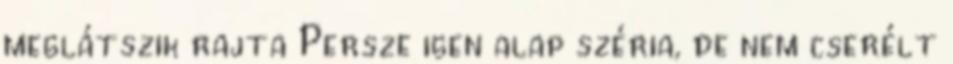
meglátszik rajta Persze igen alap széria, de nem cserélt